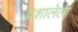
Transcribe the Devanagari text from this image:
प्रशालेला